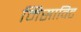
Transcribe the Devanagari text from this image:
मिसाविट